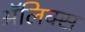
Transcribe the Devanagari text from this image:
ॲलिक्स